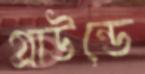
গ্রাউন্ডে